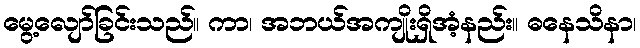
မွေ့လျော်ခြင်းသည်။ ကာ၊ အဘယ်အကျိုးရှိအံ့နည်း။ ဓနေသိနာ၊